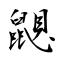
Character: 鼰